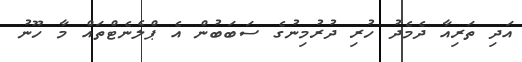
އަދި ތަރިއާ ދެމެދު ހުރި ދުރުމިނުގެ ސަބަބުން އެ ޕްލެނެޓްތައް މާ ހޫނު